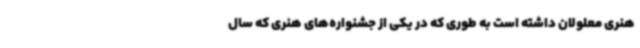
هنری معلولان داشته‌ است به طوری که در یکی از جشنواره‌های هنری که سال